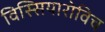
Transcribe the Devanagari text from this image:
विस्सियारोविच